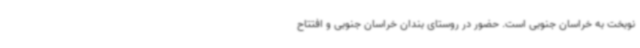
نوبخت به خراسان جنوبی است. حضور در روستای بندان خراسان جنوبی و افتتاح